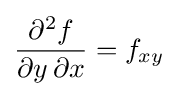
{\frac {\partial ^{2}f}{\partial y\,\partial x}}=f_{xy}